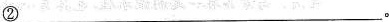
②___。